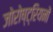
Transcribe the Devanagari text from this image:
जोरोष्ट्रियनों